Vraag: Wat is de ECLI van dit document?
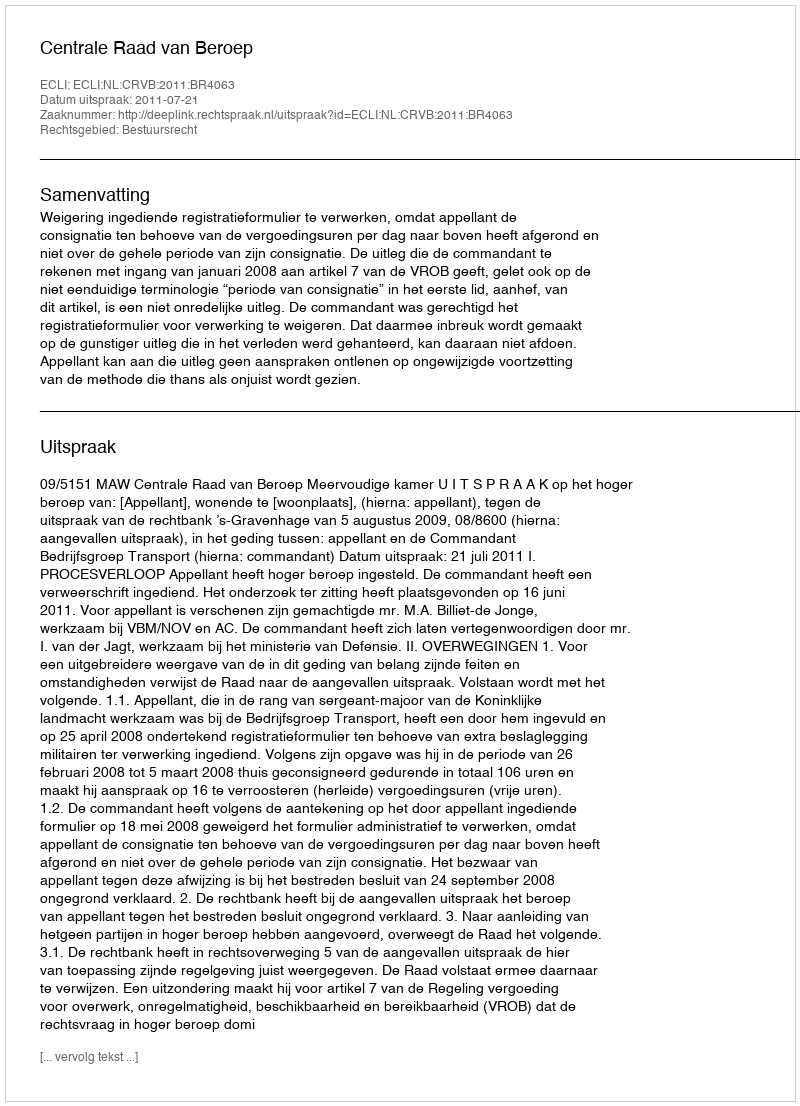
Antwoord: ECLI:NL:CRVB:2011:BR4063